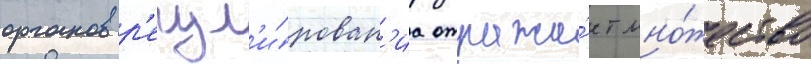
органов р'егул'и́рован'иа отража́ет мно́жество